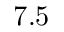
7 . 5